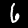
Label: 6